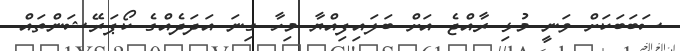
ސަބަބަކަށް ވަނީ މުޅި ރާއްޖެ އަށް ބަލައިފިއްޔާ މިހާ ގިނަ އަދަދެއްގެ ކޯޕަރޭޝަންތައް